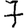
Digit: 7